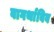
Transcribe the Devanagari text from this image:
वागर्थाविव